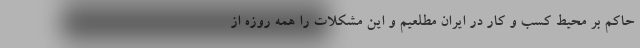
حاکم بر محیط کسب و کار در ایران مطلعیم و این مشکلات را همه روزه از